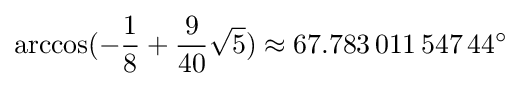
\arccos(-{\frac {1}{8}}+{\frac {9}{40}}{\sqrt {5}})\approx 67.783\,011\,547\,44^{\circ }